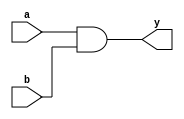
module AndGate(y, a, b);

output y;
input a, b;

wire p;

nand(p, a, b);

nand(y, p, p);

endmodule